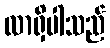
လာရှိပါသည်